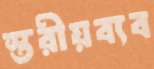
স্তরীয়ব্যব